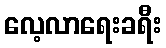
လေ့လာရေးခရီး